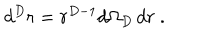
d ^ { { D } } r = r ^ { { D } - 1 } d \Omega _ { { D } } \, d r \; .